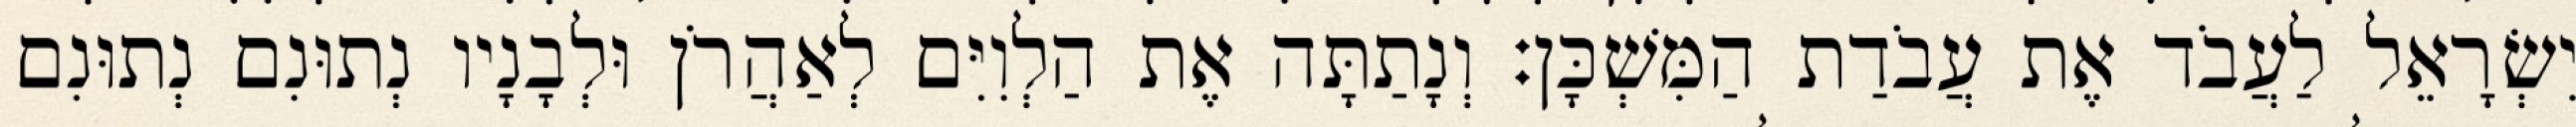
יִשְׂרָאֵל לַעֲבֹד אֶת עֲבֹדַת הַמִּשְׁכָּן׃ וְנָתַתָּה אֶת הַלְוִיִּם לְאַהֲרֹן וּלְבָנָיו נְתוּנִם נְתוּנִם